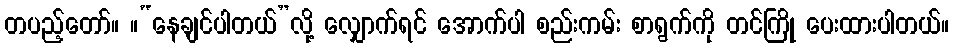
တပည့်တော်။ ။“နေချင်ပါတယ်”လို့ လျှောက်ရင် အောက်ပါ စည်းကမ်း စာရွက်ကို တင်ကြို ပေးထားပါတယ်။